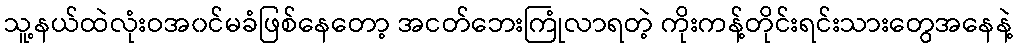
သူ့နယ်ထဲလုံးဝအ၀င်မခံဖြစ်နေတော့ အငတ်ဘေးကြုံလာရတဲ့ ကိုးကန့်တိုင်းရင်းသားတွေအနေနဲ့